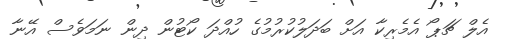
އެލް ޗަޕޯ އެމެރިކާ އަށް ބަދަލުކުރުމުގެ ހުއްދަ ކޯޓުން ދިން ނަމަވެސް އޭނާ